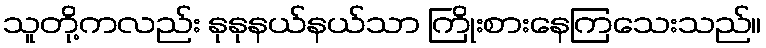
သူတို့ကလည်း နုနုနယ်နယ်သာ ကြိုးစားနေကြသေးသည်။